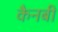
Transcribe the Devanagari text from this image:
कैनबी